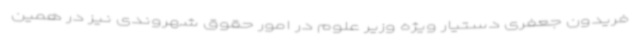
فریدون جعفری دستیار ویژه وزیر علوم در امور حقوق شهروندی نیز در همین